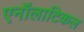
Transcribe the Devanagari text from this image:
एनॉलाटिकल